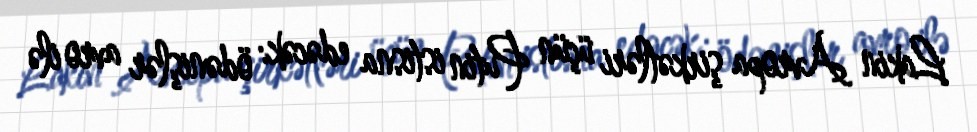
Lakin Avropa şirkətləri üçün Putin istisna edəcək: ödənişlər avro ilə